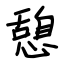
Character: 憩